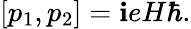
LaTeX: [p_{1},p_{2}]=\mathbf{i}eH\hbar.